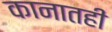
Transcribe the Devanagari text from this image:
कानातही